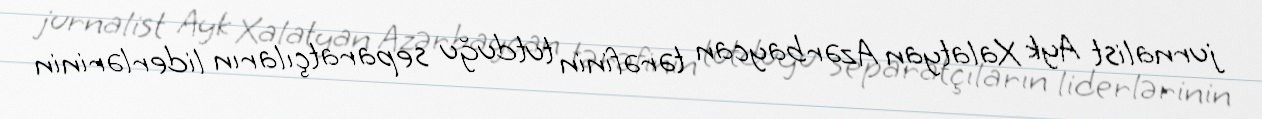
jurnalist Ayk Xalatyan Azərbaycan tərəfinin tutduğu separatçıların liderlərinin